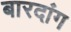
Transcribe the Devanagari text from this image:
बारदांग